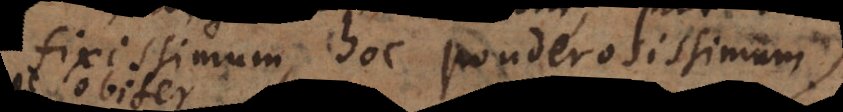
fixissimum, hoc ponderosissimum.